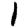
Digit: 1